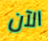
الآن